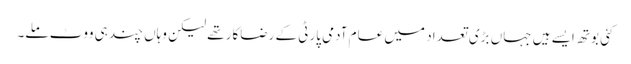
کئی بوتھ ایسے ہیں جہاں بڑی تعداد میں عام آدمی پارٹی کے رضاکار تھے لیکن وہاں چند ہی ووٹ ملے۔